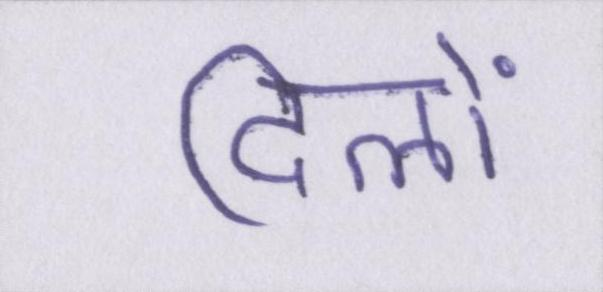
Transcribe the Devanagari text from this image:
दिलों